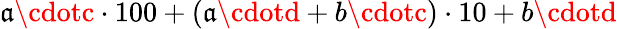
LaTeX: \mathfrak{a}\cdotc\cdot100+(\mathfrak{a}\cdotd+b\cdotc)\cdot10+b\cdotd